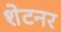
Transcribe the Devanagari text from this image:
शेटनर